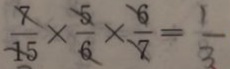
\frac { 7 } { 1 5 } \times \frac { 5 } { 6 } \times \frac { 6 } { 7 } = \frac { 1 } { 3 }